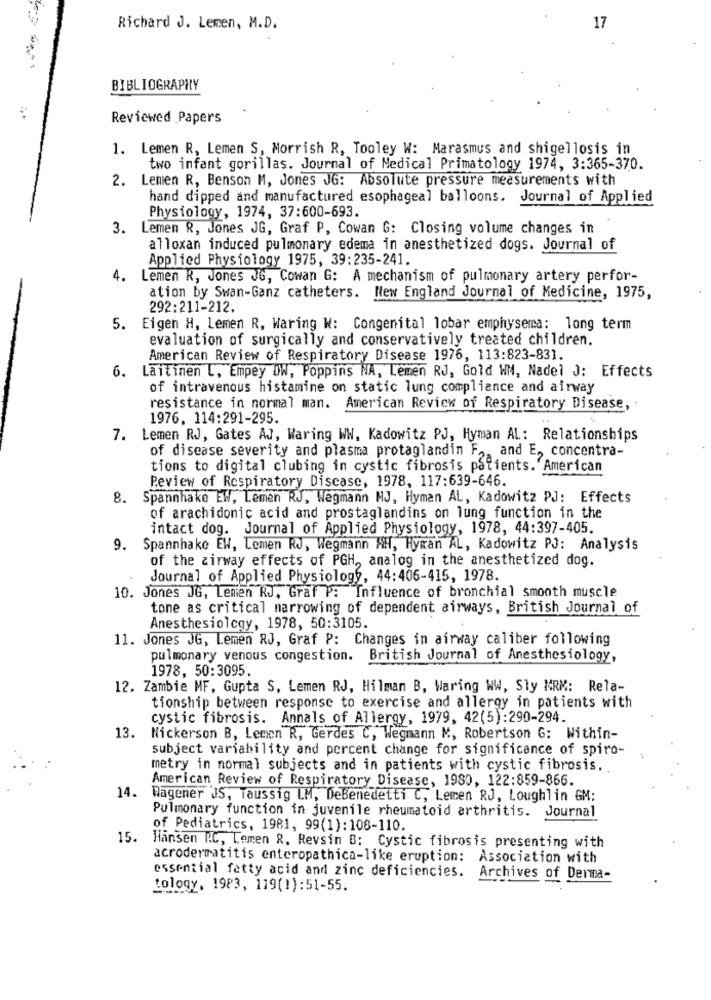
Richard J. Lemen, M.D.
17
BIBLIOGRAPHY
Reviewed Papers
1. Lemen R, Lemen S, Morrish R, Tooley W: Marasmus and shigellosis in
two infant gorillas. Journal of Medical Primatology 1974, 3:365-370.
.Lemen R, Benson M, Jones JG: Absolute pressure measurements with
hand dipped and manufactured esophageal balloons. Journal of Applied
Physiology, 1974, 37:600-693.
3. Lemen R, Jones JG, Graf P, Cowan G: Closing volume changes in
alloxan induced pulmonary edema in anesthetized dogs. Journal of
Applied Physiology 1975, 39:235-241.
4.
Lemen R, Jones JG, Cowan G: A mechanism of pulmonary artery perfor-
ation by Swan-Ganz catheters. New England Journal of Medicine, 1975,
292:211-212.
5. Eigen H, Lemen R, Waring W: Congenital lobar emphysema: long term
evaluation of surgically and conservatively treated children.
American Review of Respiratory Disease 1976, 113:823-831.
6.
Laitinen L, Empey DW, Poppins NA, Lemen RJ, Gold WM, Nadel J: Effects
of intravenous histamine on static lung compliance and airway
resistance in normal man. American Review of Respiratory Disease,
1976, 114:291-295.
7. Lemen RJ, Gates AJ, Waring WW, Kadowitz PJ, Hyman AL: Relationships
of disease severity and plasma protaglandin F ., and E, concentra-
tions to digital clubing in cystic fibrosis patients. American
Review of Respiratory Disease, 1978, 117:639-646.
8. Spannhake EW, Lemen RJ, Wegmann HJ, Hyman AL, Kadowitz PJ: Effects
of arachidonic acid and prostaglandins on lung function in the
intact dog. Journal of Applied Physiology, 1978, 44:397-405.
9. Spannhake EW, Lemen RJ, Wegmann NH, Hyman AL, Kadowitz PJ: Analysis
of the airway effects of PGH ,, analog in the anesthetized dog.
Journal of Applied Physiology, 44:406-415, 1978.
10. Jones JG, Lemen RJ, Graf P: Influence of bronchial smooth muscle
tone as critical narrowing of dependent airways, British Journal of
Anesthesiology, 1978, 50:3105.
11. Jones JG, Lemen RJ, Graf P: Changes in airway caliber following
pulmonary venous congestion. British Journal of Anesthesiology,
1978, 50:3095.
12. Zambie MF, Gupta S, Lemen RJ, Hilman B, Waring WW, Sly KRM: Rela-
tionship between response to exercise and allergy in patients with
cystic fibrosis. Annals of Allergy, 1979, 42(5):290-294.
13.
Nickerson B, Lemen R, Gerdes C, Wegmann M, Robertson G: Within-
subject variability and percent change for significance of spiro-
metry in normal subjects and in patients with cystic fibrosis.
American Review of Respiratory Disease, 1980, 122:859-866.
14.
Wagener JS, Taussig LM, DeBenedetti C, Lemen RJ, Loughlin GM:
Pulmonary function in juvenile rheumatoid arthritis. Journal
of Pediatrics, 1981, 99(1): 108-110
15.
Hansen R.C, Temen R. Revsin B: Cystic fibrosis presenting with
acrodermatitis enteropathica-like eruption: Association with
essential fatty acid and zinc deficiencies. Archives of Derma-
tology, 1983, 119(1):51-55.